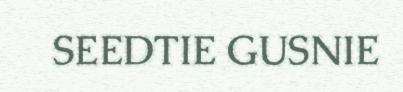
SEEDTIE GUSNIE